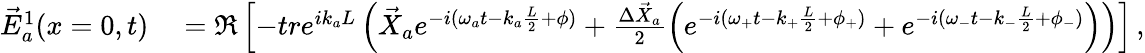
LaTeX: \begin{array}{rl}{\vec{E}_{a}^{1}(x=0,t)}&{{}=\Re\left[-tre^{ik_{a}L}\left(\vec{X}_{a}e^{-i(\omega_{a}t-k_{a}\frac{L}{2}+\phi)}+\frac{\Delta\vec{X}_{a}}{2}\left(e^{-i(\omega_{+}t-k_{+}\frac{L}{2}+\phi_{+})}+e^{-i(\omega_{-}t-k_{-}\frac{L}{2}+\phi_{-})}\right)\right)\right]\, ,}\end{array}